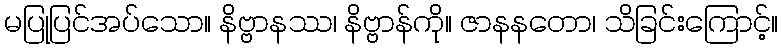
မပြုပြင်အပ်သော။ နိဗ္ဗာနဿ၊ နိဗ္ဗာန်ကို။ ဇာနနတော၊ သိခြင်းကြောင့်။